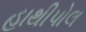
હાથીપોલ